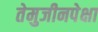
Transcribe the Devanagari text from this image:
तेमुजीनपेक्षा